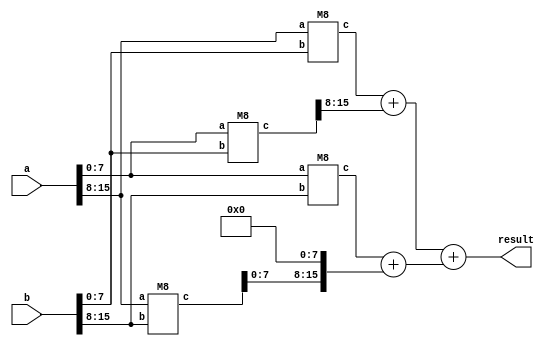
module mul(a,b,result);
 
    input [15:0]a,b;
    output [15:0]result;
     
    wire [15:0]p0,p1,p2,p3,p4,t1;
    wire [15:0]result;
    wire [23:0]q5,q6,t2,t3,t4;
     
    M8 z1(a[7:0],b[7:0],p0[15:0]);
    M8 z2(a[15:8],b[7:0],p1[15:0]);
    M8 z3(a[7:0],b[15:8],p2[15:0]);
    M8 z4(a[15:8],b[15:8],p3[15:0]);
    assign t1 ={8'b0,p0[15:8]};
    assign p4 = p1[15:0]+t1;
    assign t2 ={8'b0,p2[15:0]};
    assign t3 ={p3[15:0],8'b0};
    assign q5 = t2+t3;
    assign t4={8'b0,p4[15:0]};
     
    assign q6 = t4 + q5;
     
    //assign result[7:0]=p0[7:0];
    //assign result[15:8]=q6[7:0];

    assign result[15:0]=q6[23:0];

 
endmodule
 
module M2(a, b, c);
    input [1:0] a, b;
    output [3:0] c;
    wire [3:0] c, temp;
     
    assign c[0] = a[0]&b[0];
    assign temp[0] = a[1]&b[0];
    assign temp[1] = a[0]&b[1];
    assign temp[2] = a[1]&b[1];
    M1 m1(temp[0],temp[1],c[1],temp[3]);
    M1 m2(temp[2],temp[3],c[2],c[3]);
 
endmodule
 
module M4(a,b,c);
    input [3:0] a, b;
    output [7:0] c;
     
    wire [3:0] p0,p1,p2,p3,p4,t1;
     
    wire [7:0] c;
    wire [5:0] q5,q6,t2,t3,t4;
     
    M2 m1(a[1:0],b[1:0],p0[3:0]);
    M2 m2(a[3:2],b[1:0],p1[3:0]);
    M2 m3(a[1:0],b[3:2],p2[3:0]);
    M2 m4(a[3:2],b[3:2],p3[3:0]);
     
    assign t1 ={2'b0,p0[3:2]};
    assign p4 = p1[3:0]+t1;
    assign t2 ={2'b0,p2[3:0]};
    assign t3 ={p3[3:0],2'b0};
    assign q5 = t2+t3;
    assign t4={2'b0,p4[3:0]};
    assign q6 = t4+q5;
     
    assign c[1:0]=p0[1:0];
    assign c[7:2]=q6[5:0];
endmodule
 
module M8(a,b,c);
    input [7:0]a,b;
    output [15:0]c;
    wire [15:0]c;
    wire [7:0]p0,p1,p2,p3;
    wire [7:0]p4,t1;
    wire [11:0]q5,q6,t2,t3,t4;
     
    M4 z1(a[3:0],b[3:0],p0[7:0]);
    M4 z2(a[7:4],b[3:0],p1[7:0]);
    M4 z3(a[3:0],b[7:4],p2[7:0]);
    M4 z4(a[7:4],b[7:4],p3[7:0]);
     
    assign t1 ={4'b0,p0[7:4]};
    assign p4 = p1[7:0]+t1;
    assign t2 ={4'b0,p2[7:0]};
    assign t3 ={p3[7:0],4'b0};
    assign q5 = t2+t3;
    assign t4={4'b0,p4[7:0]};
     
    assign q6 = t4+q5;
    
    assign c[3:0]=p0[3:0];
    assign c[15:4]=q6[11:0];
endmodule


module M1(a,b,s,c);
    input a,b;
    output s,c;
     
    assign s = a^b;
    assign c = a&b;
endmodule